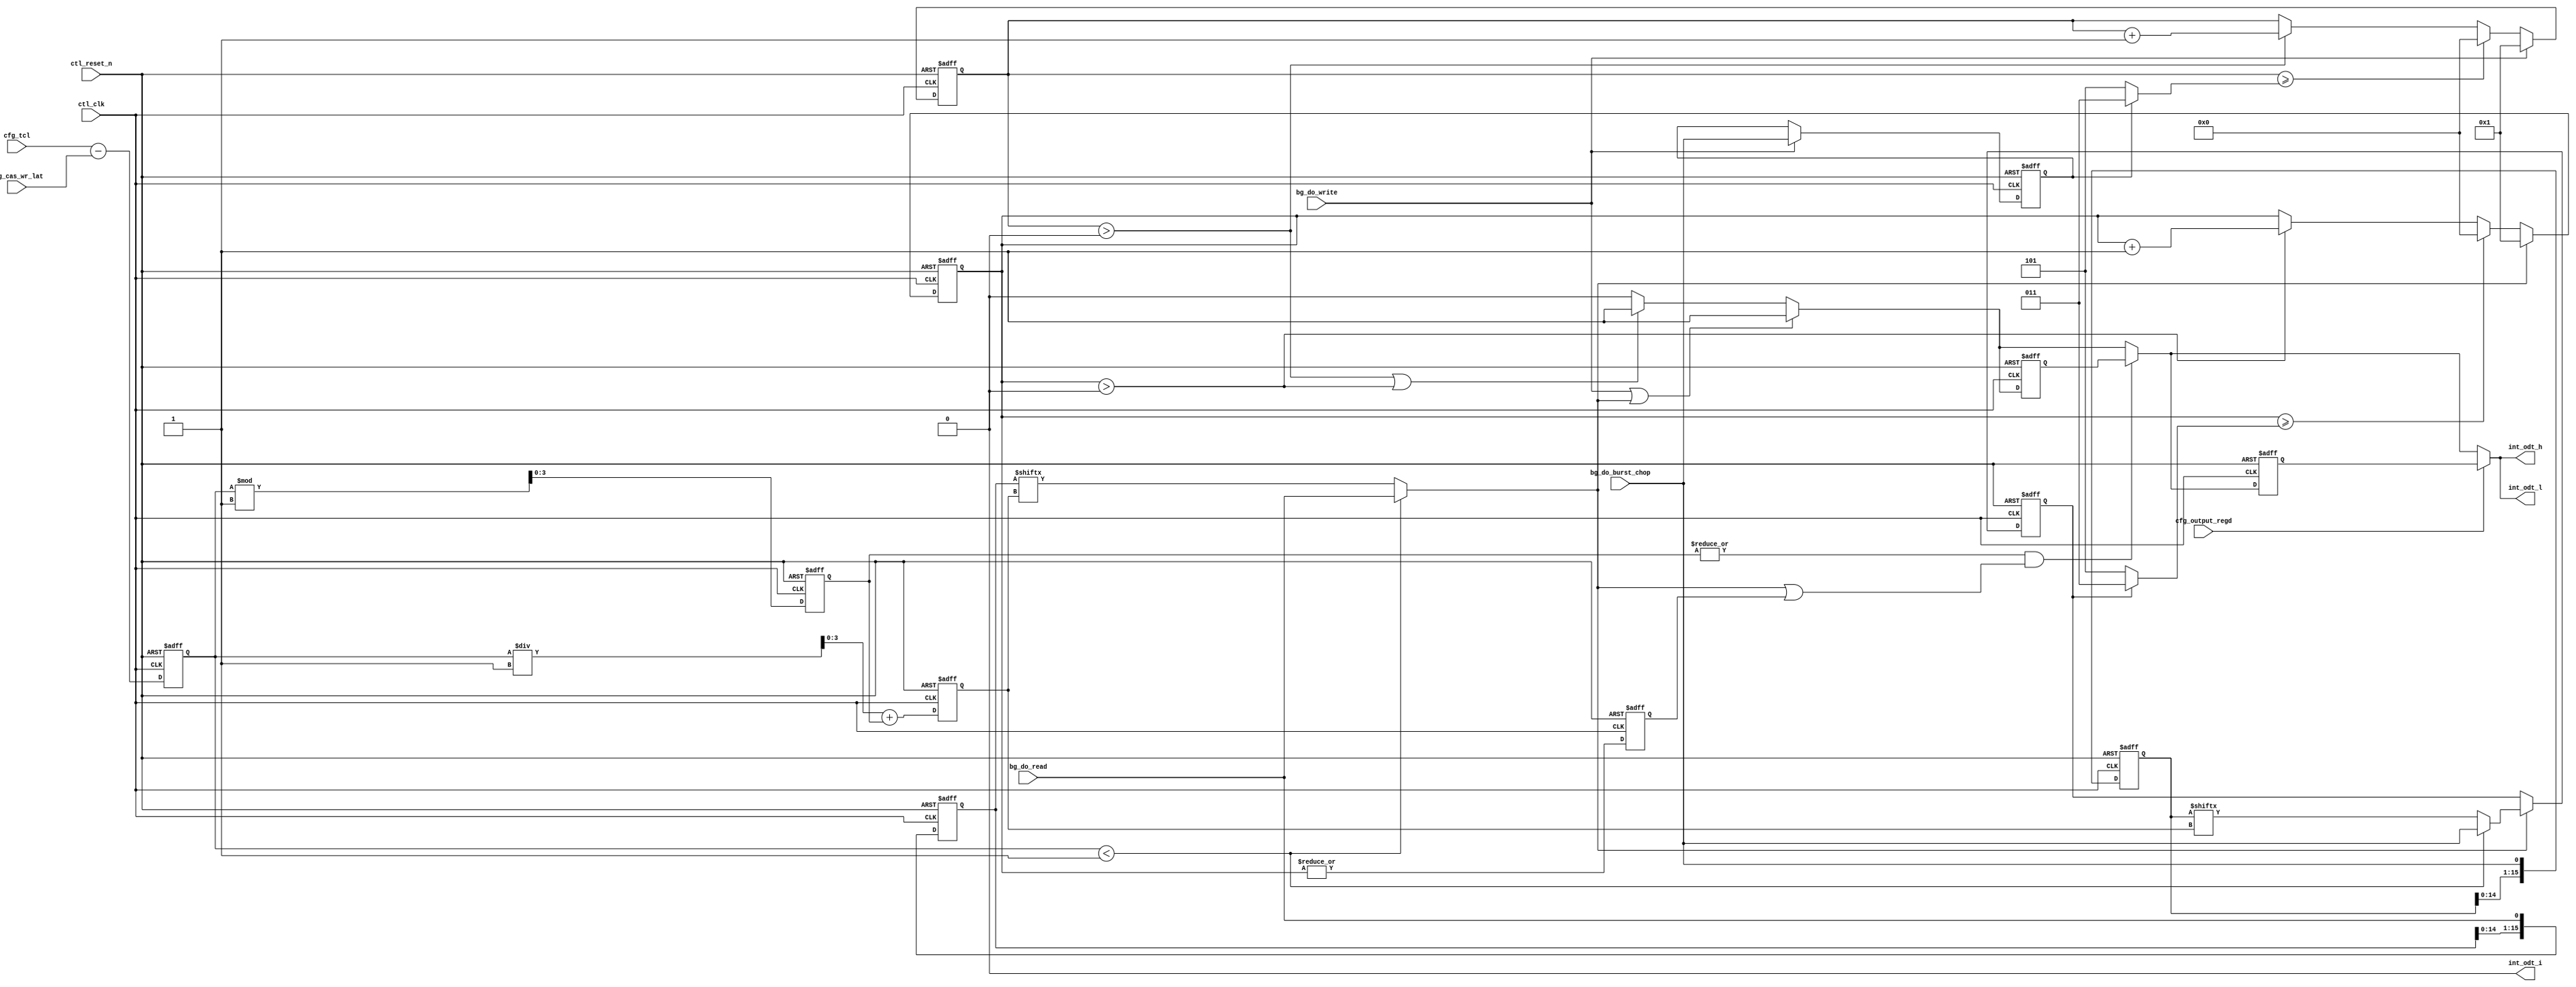
// (C) 2001-2011 Altera Corporation. All rights reserved.
// Your use of Altera Corporation's design tools, logic functions and other 
// software and tools, and its AMPP partner logic functions, and any output 
// files any of the foregoing (including device programming or simulation 
// files), and any associated documentation or information are expressly subject 
// to the terms and conditions of the Altera Program License Subscription 
// Agreement, Altera MegaCore Function License Agreement, or other applicable 
// license agreement, including, without limitation, that your use is for the 
// sole purpose of programming logic devices manufactured by Altera and sold by 
// Altera or its authorized distributors.  Please refer to the applicable 
// agreement for further details.



//altera message_off 10036

`timescale 1 ps / 1 ps
module alt_mem_ddrx_ddr3_odt_gen
    # (parameter
        CFG_DWIDTH_RATIO             =   2,
        CFG_PORT_WIDTH_OUTPUT_REGD   =   1,
        CFG_PORT_WIDTH_TCL           =   4,
        CFG_PORT_WIDTH_CAS_WR_LAT    =   4
    )
    (
        ctl_clk,
        ctl_reset_n,
        cfg_tcl,
        cfg_cas_wr_lat,
        cfg_output_regd,
        bg_do_write,
        bg_do_read,
        bg_do_burst_chop,
        int_odt_l,
        int_odt_h,
        int_odt_i
    );
    
    localparam  integer CFG_TCL_PIPE_LENGTH =   2**CFG_PORT_WIDTH_TCL;
    //=================================================================================================//
    //        DDR3 ODT timing parameters                                                               //
    //=================================================================================================//
    
    localparam integer    CFG_ODTH8    = 6; //Indicates No. of cycles ODT signal should stay high
    localparam integer    CFG_ODTH4    = 4; //Indicates No. of cycles ODT signal should stay high
    localparam integer    CFG_ODTPIPE_THRESHOLD = CFG_DWIDTH_RATIO/2;
    // AL also applies to ODT signal so ODT logic is AL agnostic
    // also regdimm because ODT is registered too
    // ODTLon = CWL + AL - 2
    // ODTLoff = CWL + AL - 2
    
    //=================================================================================================//
    //        input/output declaration                                                                 //
    //=================================================================================================//
    
    input   ctl_clk;
    input   ctl_reset_n;
    input   [CFG_PORT_WIDTH_TCL-1:0]         cfg_tcl;
    input   [CFG_PORT_WIDTH_CAS_WR_LAT-1:0]  cfg_cas_wr_lat;
    input   [CFG_PORT_WIDTH_OUTPUT_REGD-1:0] cfg_output_regd;
    input   bg_do_write;
    input   bg_do_read;
    input   bg_do_burst_chop;
    output  int_odt_l;
    output  int_odt_h;
    output  int_odt_i;
    
    //=================================================================================================//
    //        reg/wire declaration                                                                     //
    //=================================================================================================//
    
    wire    bg_do_write;
    reg     int_do_read;
    reg     int_do_write_burst_chop;
    reg     int_do_read_burst_chop;
    reg     int_do_read_burst_chop_c;
    reg     do_read_r;
    
    wire [3:0]  diff_unreg;                 // difference between CL and CWL
    reg  [3:0]  diff;
    wire [3:0]  diff_modulo_unreg;
    reg  [3:0]  diff_modulo;
    wire [3:0]  sel_do_read_pipe_unreg;
    reg  [3:0]  sel_do_read_pipe;
    wire        diff_modulo_not_zero;
    
    reg     int_odt_l_int;
    reg     int_odt_l_int_r;
    
    reg     premux_odt_h;
    reg     premux_odt_h_r;
    reg     int_odt_h_int;
    reg     int_odt_h_int_r;
    
    reg     int_odt_i_int;
    reg     int_odt_i_int_r;
    
    wire    int_odt_l;
    wire    int_odt_h;
    wire    int_odt_i;
    reg  [3:0]   doing_write_count;
    reg  [3:0]   doing_read_count;
    wire         doing_read_count_not_zero;
    reg          doing_read_count_not_zero_r;
    wire [3:0]   doing_write_count_limit;
    wire [3:0]   doing_read_count_limit;
   
    reg [CFG_TCL_PIPE_LENGTH        -1:0]   do_read_pipe;
    reg [CFG_TCL_PIPE_LENGTH        -1:0]   do_burst_chop_pipe;

    //=================================================================================================//
    //        Define ODT pulse width during READ operation                                             //
    //=================================================================================================//
    
    //ODTLon/ODTLoff are calculated based on CWL, Below logic is to compensate for that timing during read, Needs to delay ODT signal by cfg_tcl - cfg_cas_wr_lat
    
    assign  diff_unreg              = cfg_tcl - cfg_cas_wr_lat;
    assign  diff_modulo_unreg       = (diff % CFG_ODTPIPE_THRESHOLD); 
    assign  sel_do_read_pipe_unreg  = (diff / CFG_ODTPIPE_THRESHOLD) + diff_modulo;
    assign  diff_modulo_not_zero    = (|diff_modulo);
    //assign sel_do_read_pipe = diff - CFG_ODTPIPE_THRESHOLD;
    
    always @(posedge ctl_clk, negedge ctl_reset_n)
        begin
            if (!ctl_reset_n)
                begin 
                    diff                <= 0; 
                    diff_modulo         <= 0;
                    sel_do_read_pipe    <= 0;
                end
            else
                begin 
                    diff                <= diff_unreg; 
                    diff_modulo         <= diff_modulo_unreg;
                    sel_do_read_pipe    <= sel_do_read_pipe_unreg;
                end
        end
    

    always @ (*) 
    begin
        int_do_read              =   (diff < CFG_ODTPIPE_THRESHOLD) ? bg_do_read        : do_read_pipe       [sel_do_read_pipe] ;
        int_do_read_burst_chop_c =   (diff < CFG_ODTPIPE_THRESHOLD) ? bg_do_burst_chop  : do_burst_chop_pipe [sel_do_read_pipe] ;
    end

    always @ (posedge ctl_clk or negedge ctl_reset_n) 
    begin
        if (~ctl_reset_n)
        begin
            int_do_read_burst_chop       <=  1'b0;
        end
        else
        begin
            if (int_do_read)
            begin
                int_do_read_burst_chop       <= int_do_read_burst_chop_c;
            end
        end
    end
    
    always @(posedge ctl_clk, negedge ctl_reset_n)
        begin
            if (!ctl_reset_n)
                begin 
                    do_read_pipe    <=  0; 
                end
            else
                begin
                    do_read_pipe[CFG_TCL_PIPE_LENGTH-1:0]    <=  {do_read_pipe[CFG_TCL_PIPE_LENGTH-2:0],bg_do_read};
                end
        end

    always @(posedge ctl_clk, negedge ctl_reset_n)
        begin
            if (!ctl_reset_n)
                begin 
                    do_burst_chop_pipe    <=  0; 
                end
            else
                begin
                    do_burst_chop_pipe[CFG_TCL_PIPE_LENGTH-1:0]    <=  {do_burst_chop_pipe[CFG_TCL_PIPE_LENGTH-2:0],bg_do_burst_chop};
                end
        end
       
    assign doing_read_count_limit = int_do_read_burst_chop ? ((CFG_ODTH4 / (CFG_DWIDTH_RATIO / 2)) - 1) : ((CFG_ODTH8 / (CFG_DWIDTH_RATIO / 2)) - 1);
    assign doing_read_count_not_zero = (|doing_read_count);

    always @(posedge ctl_clk, negedge ctl_reset_n)
        begin
            if (!ctl_reset_n)
                begin doing_read_count   <=  0; end
            else
                begin
                    if (int_do_read)
                        begin doing_read_count   <=  1; end
                    else if (doing_read_count >= doing_read_count_limit)
                        begin doing_read_count   <=  0; end
                    else if (doing_read_count > 0)
                        begin doing_read_count   <=  doing_read_count + 1'b1; end
                end
        end
   
    always @ (posedge ctl_clk or negedge ctl_reset_n) 
    begin
        if (~ctl_reset_n)
            begin
                doing_read_count_not_zero_r     <=  1'b0;
            end
        else
            begin
                doing_read_count_not_zero_r     <=  doing_read_count_not_zero;
            end
    end

    //=================================================================================================//
    //        Define ODT pulse width during WRITE operation                                            //
    //=================================================================================================//

    always @ (posedge ctl_clk or negedge ctl_reset_n) 
    begin
        if (~ctl_reset_n)
        begin
            int_do_write_burst_chop       <=  1'b0;
        end
        else
        begin
            if (bg_do_write)
            begin
                int_do_write_burst_chop       <= bg_do_burst_chop;
            end
        end
    end

    assign doing_write_count_limit = int_do_write_burst_chop ? ((CFG_ODTH4 / (CFG_DWIDTH_RATIO / 2)) - 1) : ((CFG_ODTH8 / (CFG_DWIDTH_RATIO / 2)) - 1);
    
    always @(posedge ctl_clk, negedge ctl_reset_n)
        begin
            if (!ctl_reset_n)
                begin doing_write_count   <=  0; end
            else
                begin
                    if (bg_do_write)
                        begin doing_write_count   <=  1; end
                    else if (doing_write_count >= doing_write_count_limit)
                        begin doing_write_count   <=  0; end
                    else if (doing_write_count > 0)
                        begin doing_write_count   <=  doing_write_count + 1'b1; end
            end
        end
    
    //=================================================================================================//
    //        ODT signal generation block                                                              //
    //=================================================================================================//
    
    always @ (*)
        begin
            if (bg_do_write || int_do_read)
                begin premux_odt_h = 1'b1; end
            else if (doing_write_count > 0 || doing_read_count > 0)
                begin premux_odt_h = 1'b1; end
            else
                begin premux_odt_h = 1'b0; end
        end
  
    always @ (posedge ctl_clk or negedge ctl_reset_n) 
    begin
            if (~ctl_reset_n)
                begin
                    premux_odt_h_r  <= 1'b0;
                end
            else
                begin
                    premux_odt_h_r  <= premux_odt_h;
                end
    end        

    always @ (*) 
    begin
            if (diff_modulo_not_zero & (int_do_read|doing_read_count_not_zero_r) )
                begin
                    int_odt_h_int = premux_odt_h_r;
                end
            else // write, read with normal odt
                begin 
                    int_odt_h_int = premux_odt_h; 
                end
    end


    always @ (posedge ctl_clk or negedge ctl_reset_n)
        begin
            if (!ctl_reset_n)
                begin
                    int_odt_l_int <= 1'b0;
                end
            else
                begin
                    if (bg_do_write || int_do_read)
                        begin int_odt_l_int <= 1'b1; end
                    else if (doing_write_count > 0 || doing_read_count > 0)
                        begin int_odt_l_int <= 1'b1; end
                    else
                        begin int_odt_l_int <= 1'b0; end
                end
        end
    
    always @ (posedge ctl_clk or negedge ctl_reset_n)
        begin
            if (!ctl_reset_n)
                begin
                    int_odt_i_int <= 1'b0;
                end
            else
                begin
                    if (bg_do_write || int_do_read)
                        begin int_odt_i_int <= 1'b1; end
                    else if (doing_write_count > 1 || doing_read_count > 1)
                        begin int_odt_i_int <= 1'b1; end
                    else
                        begin int_odt_i_int <= 1'b0; end
                end
        end
    
    //Generate registered output
    always @ (posedge ctl_clk or negedge ctl_reset_n)
        begin
            if (!ctl_reset_n)
                begin
                    int_odt_h_int_r <= 1'b0;
                    int_odt_l_int_r <= 1'b0;
                    int_odt_i_int_r <= 1'b0;
                end
            else
                begin
                    int_odt_h_int_r <= int_odt_h_int;
                    int_odt_l_int_r <= int_odt_l_int;
                    int_odt_i_int_r <= int_odt_i_int;
                end
        end
    
    generate
        if (CFG_DWIDTH_RATIO == 2) // full rate
            begin
                assign  int_odt_h   = (cfg_output_regd) ? int_odt_h_int_r : int_odt_h_int;
                assign  int_odt_l   = (cfg_output_regd) ? int_odt_h_int_r : int_odt_h_int;
                assign  int_odt_i   = 1'b0;
            end
        else if (CFG_DWIDTH_RATIO == 4) // half rate
            begin
                assign  int_odt_h   = (cfg_output_regd) ? int_odt_h_int_r : int_odt_h_int;
                assign  int_odt_l   = (cfg_output_regd) ? int_odt_l_int_r : int_odt_l_int;
                assign  int_odt_i   = 1'b0;
            end
        else if (CFG_DWIDTH_RATIO == 8) // quarter rate
            begin
                assign  int_odt_h   = (cfg_output_regd) ? int_odt_h_int_r : int_odt_h_int;
                assign  int_odt_l   = (cfg_output_regd) ? int_odt_l_int_r : int_odt_l_int;
                assign  int_odt_i   = (cfg_output_regd) ? int_odt_i_int_r : int_odt_i_int;
            end
    endgenerate
    
endmodule